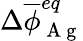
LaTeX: \Delta\overline{{\phi}}_{\mathrm{~A~g~}}^{eq}